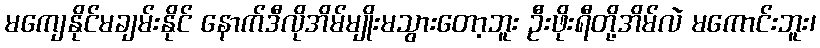
မကျေနိုင်မချမ်းနိုင် နောက်ဒီလိုအိမ်မျိုးမသွားတော့ဘူး ဦးဖိုးရီတို့အိမ်လဲ မကောင်းဘူး၊